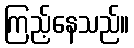
ကြည့်နေသည်။